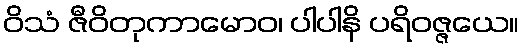
ဝိသံ ဇီဝိတုကာမောဝ၊ ပါပါနိ ပရိဝဇ္ဇယေ။